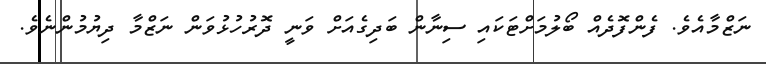
ނަޒްމާއެވެ. ފެންފޮދެއް ބޯލުމަށްޓަކައި ސިނާން ބަދިގެއަށް ވަނީ ދޮރުހުޅުވަން ނަޒްމާ ދިޔުމުންނެވެ.